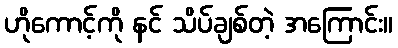
ဟိုကောင့်ကို နင် သိပ်ချစ်တဲ့ အကြောင်း။